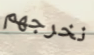
نخرجهم